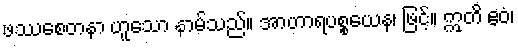
ဖဿစေတနာ ဟူသော နာမ်သည်။ အာဟာရပစ္စယေန၊ ဖြင့်။ ဣတိ ဧဝံ၊